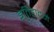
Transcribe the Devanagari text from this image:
इतिहादने